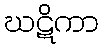
ဃဋိကာ